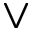
\vee